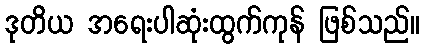
ဒုတိယ အရေးပါဆုံးထွက်ကုန် ဖြစ်သည်။